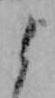
よ